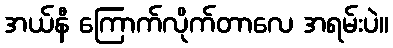
အယ်နီ ကြောက်လိုက်တာလေ အရမ်းပဲ။